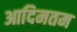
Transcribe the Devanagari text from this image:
आदिमतम